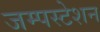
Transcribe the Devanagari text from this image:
जम्पस्टेशन